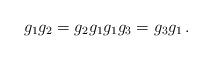
LaTeX: \begin{align*}g_1 g_2 = g_2 g_1 g_1 g_3 = g_3 g_1 \,.\end{align*}